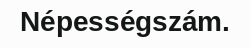
Népességszám.